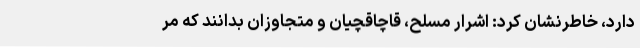
دارد، خاطرنشان کرد: اشرار مسلح، قاچاقچیان و متجاوزان بدانند که مر